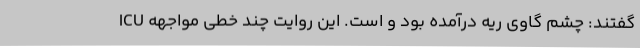
ICU گفتند: چشم گاوی ریه درآمده بود و است. این روایت چند خطی مواجهه